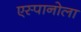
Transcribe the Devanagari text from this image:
एस्पानोला